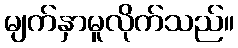
မျက်နှာမူလိုက်သည်။